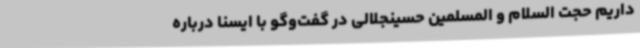
داریم حجت السلام و المسلمین حسینجلالی در گفت‌وگو با ایسنا درباره